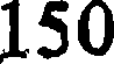
150